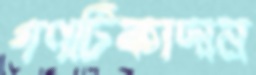
গণটিকাদান